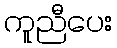
ကူညီပေး